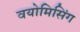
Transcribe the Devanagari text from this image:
वयोमिसिंग